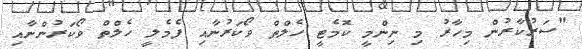
"ސަރުކާރުން މިހާރު މި ނިންމީ ކޮމެޓީ ހެލްތް ވޯކަރުނާއި ފެމެލީ ހެލްތް ވޯކަރުންނާއި